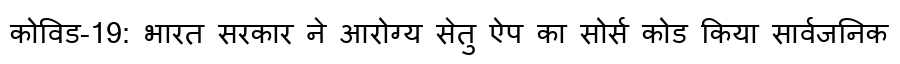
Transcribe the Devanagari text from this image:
कोविड-19: भारत सरकार ने आरोग्य सेतु ऐप का सोर्स कोड किया सार्वजनिक